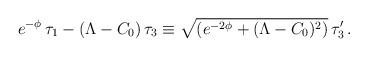
\begin{align*}e^{-\phi} \, \tau_1-(\Lambda-C_0) \, \tau_3\equiv\sqrt{(e^{-2\phi}+(\Lambda-C_0)^2)} \, \tau_3' \, .\end{align*}